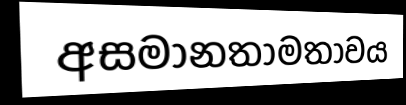
අසමානතාමතාවය